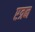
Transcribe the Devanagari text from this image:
एत्रन